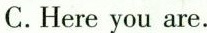
C.Here you are.